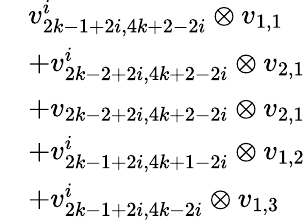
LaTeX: \begin{array}{rl}&{v_{2k-1+2i,4k+2-2i}^{i}\otimes v_{1,1}}\\ &{+v_{2k-2+2i,4k+2-2i}^{i}\otimes v_{2,1}}\\ &{+v_{2k-2+2i,4k+2-2i}\otimes v_{2,1}}\\ &{+v_{2k-1+2i,4k+1-2i}^{i}\otimes v_{1,2}}\\ &{+v_{2k-1+2i,4k-2i}^{i}\otimes v_{1,3}}\end{array}